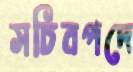
সচিবপদে